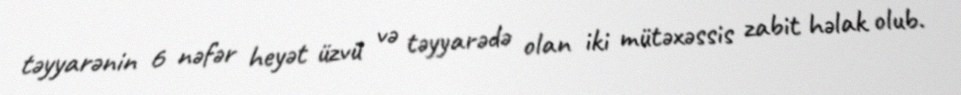
təyyarənin 6 nəfər heyət üzvü və təyyarədə olan iki mütəxəssis zabit həlak olub.